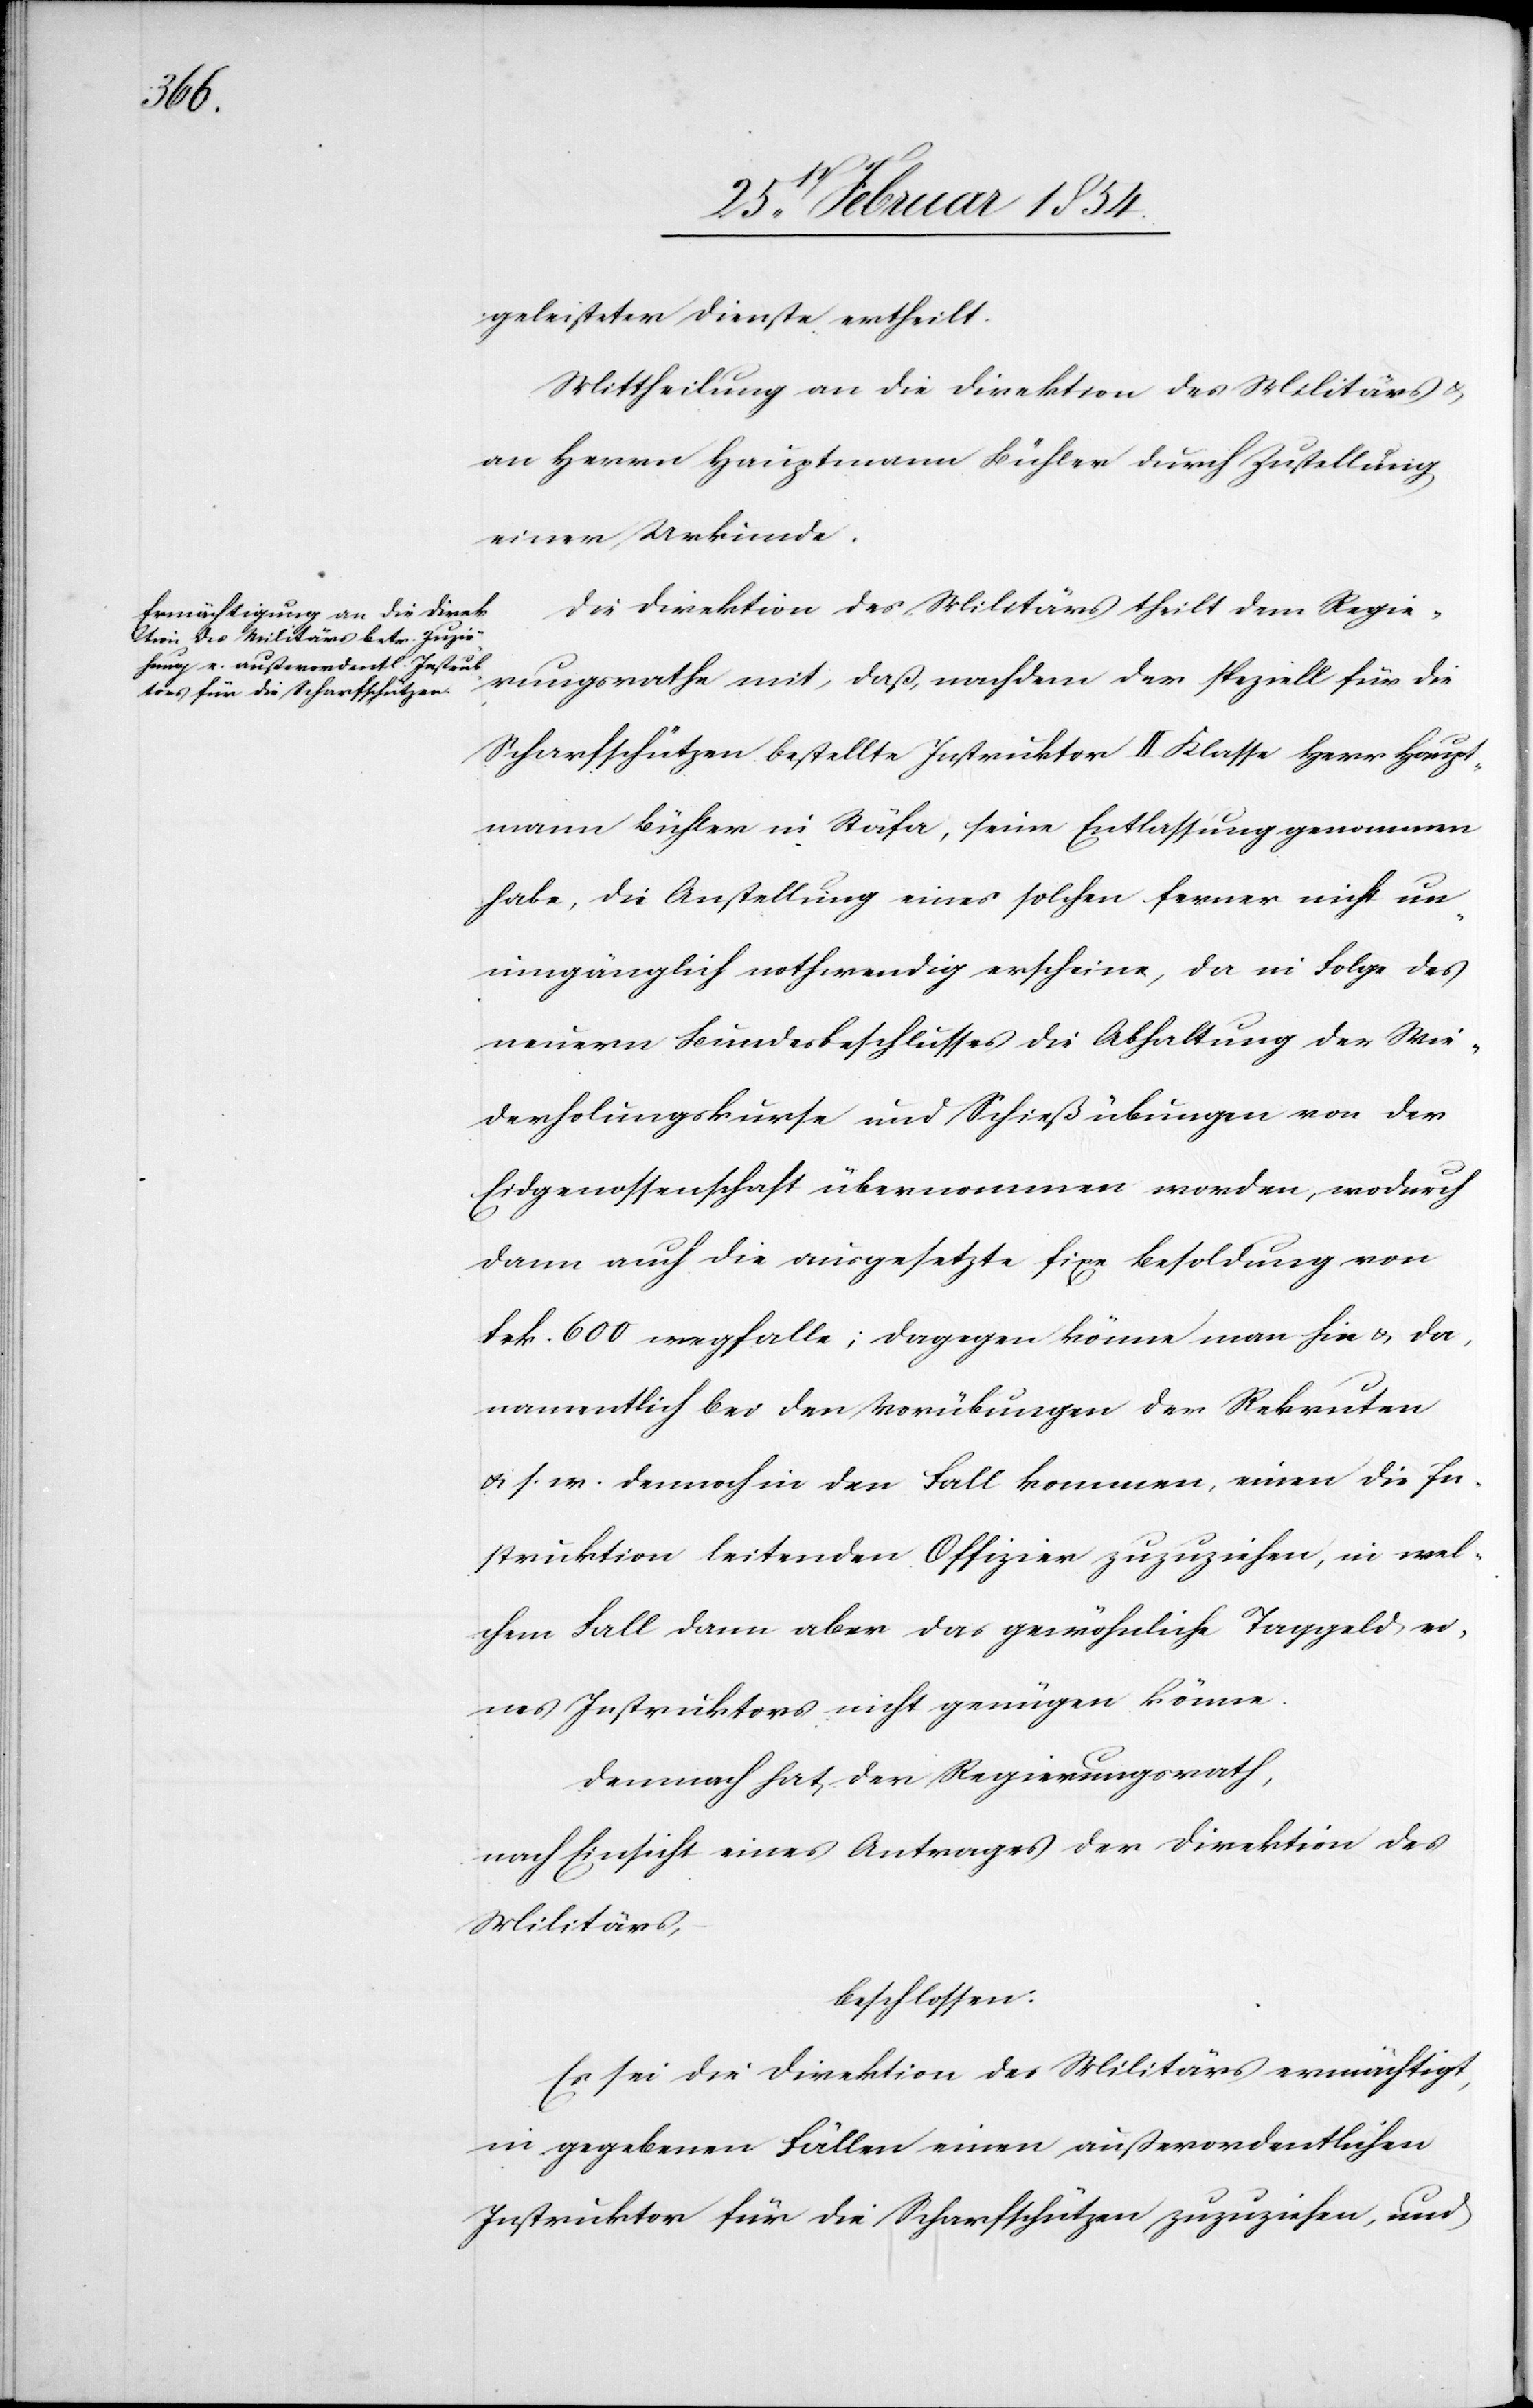
geleisteter Dienste ertheilt.
Mittheilung an die Direktion des Militärs &
an Herrn Hauptmann Bühler durch Zustellung
einer Urkunde.
Die Direktion des Militärs theilt dem Regie¬
rungsrathe mit, daß, nach dem der speziell für die
Scharfschützen bestellte Instruktor II. Klasse Herr Haupt¬
mann Bühler in Stäfa, seine Entlassung genommen
habe, die Anstellung eines solchen ferner nicht un¬
umgänglich nothwendig erscheine, da in Folge des
neuern Bundesbeschlusses die Abhaltung der Wie¬
derholungskurse und Schießübungen von der
Eidgenossenschaft übernommen worden, wodurch
dann auch die ausgesetzte fixe Besoldung von
Frk. 600 wegfalle; dagegen könne man hie u. da,
namentlich bei den Vorübungen der Rekruten
u. s. w. dennoch in den Fall kommen, einen die In¬
struktion leitenden Offizier zuzuziehen, in wel¬
chem Fall dann aber das gewöhnliche Taggeld ei¬
nes Instruktors nicht genügen könne.
Demnach hat der Regierungsrath,
nach Einsicht eines Antrages der Direktion des
Militärs,
beschlossen:
Es sei die Direktion des Militärs ermächtigt,
in gegebenen Fällen einen außerordentlichen
Instruktor für die Scharfschützen zuzuziehen, und